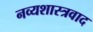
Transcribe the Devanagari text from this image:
नव्यशास्त्रवाद